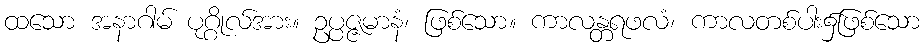
ထသော အနာဂါမ် ပုဂ္ဂိုလ်အား။ ဥပ္ပဇ္ဇမာနံ၊ ဖြစ်သော။ ကာလန္တရဖလံ၊ ကာလတစ်ပါး၌ဖြစ်သော